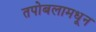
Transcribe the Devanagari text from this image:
तपोबलामधून